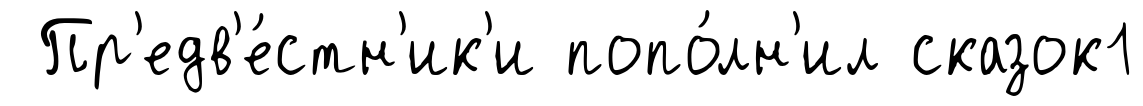
Пр'едв'е́стн'ик'и попо́лн'ил сказок1